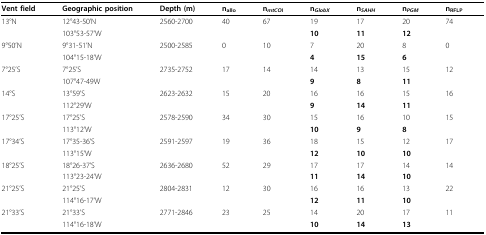
| Vent field | Geographic position | Depth (m) | nallo | nmtCOI | nGlobX | nSAHH | nPGM | nRFLP |
 | --- | --- | --- | --- | --- | --- | --- | --- | --- |
 | 13°N | 12°43-50'N | 2560-2700 | 40 | 67 | 19 | 17 | 20 | 74 |
 |  | 103°53-57'W |  |  |  | 10 | 11 | 12 |  |
 | 9°50'N | 9°31-51'N | 2500-2585 | 0 | 10 | 7 | 20 | 8 | 0 |
 |  | 104°15-18'W |  |  |  | 4 | 15 | 6 |  |
 | 7°25'S | 7°25'S | 2735-2752 | 17 | 14 | 14 | 13 | 15 | 12 |
 |  | 107°47-49W |  |  |  | 9 | 8 | 11 |  |
 | 14°S | 13°59'S | 2623-2632 | 15 | 20 | 16 | 16 | 15 | 16 |
 |  | 112°29'W |  |  |  | 9 | 14 | 11 |  |
 | 17°25'S | 17°25'S | 2578-2590 | 34 | 30 | 15 | 16 | 10 | 15 |
 |  | 113°12'W |  |  |  | 10 | 9 | 8 |  |
 | 17°34'S | 17°35-36'S | 2591-2597 | 19 | 36 | 18 | 15 | 12 | 17 |
 |  | 113°15'W |  |  |  | 12 | 10 | 10 |  |
 | 18°25'S | 18°26-37'S | 2636-2680 | 52 | 29 | 17 | 17 | 14 | 14 |
 |  | 113°23-24'W |  |  |  | 11 | 14 | 10 |  |
 | 21°25'S | 21°25'S | 2804-2831 | 12 | 30 | 16 | 16 | 13 | 22 |
 |  | 114°16-17'W |  |  |  | 12 | 11 | 10 |  |
 | 21°33'S | 21°33'S | 2771-2846 | 23 | 25 | 14 | 20 | 17 | 11 |
 |  | 114°16-18'W |  |  |  | 10 | 14 | 13 |  |